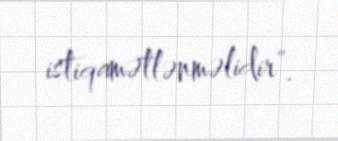
istiqamətlənməlidir”.